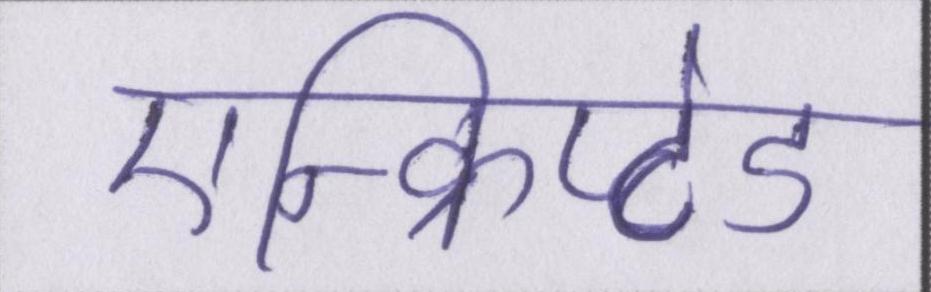
एन्क्रिप्टेड